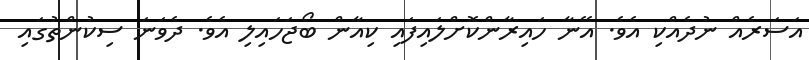
އަސަރެއް ނުދެއްކި އެވެ. އޭނާ ހައިރާންކޮށްލައިފައި ކިއާން ބޯޖަހައިލި އެވެ. ދެވަނަ ސިކުންތުގައި